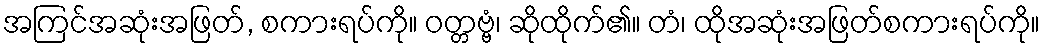
အကြင်အဆုံးအဖြတ်, စကားရပ်ကို။ ဝတ္တဗ္ဗံ၊ ဆိုထိုက်၏။ တံ၊ ထိုအဆုံးအဖြတ်စကားရပ်ကို။